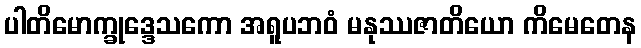
ပါတိမောက္ခုဒ္ဒေသကော အရူပဘဝံ မနုဿဇာတိယော ကိမေတေန